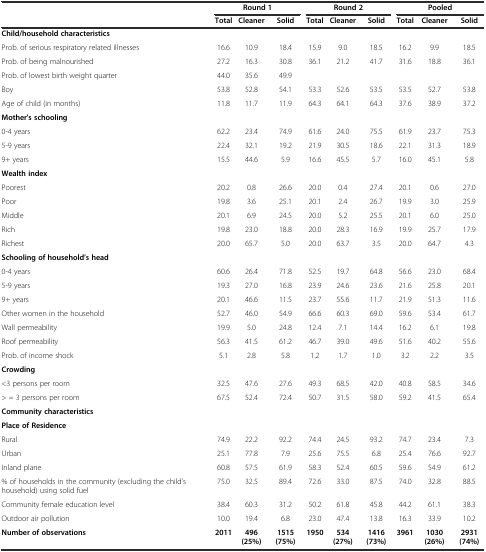
<table><thead><tr><td></td><td colspan="3"><b>Round 1</b></td><td colspan="3"><b>Round 2</b></td><td colspan="3"><b>Pooled</b></td></tr><tr><td></td><td><b>Total</b></td><td><b>Cleaner</b></td><td><b>Solid</b></td><td><b>Total</b></td><td><b>Cleaner</b></td><td><b>Solid</b></td><td><b>Total</b></td><td><b>Cleaner</b></td><td><b>Solid</b></td></tr></thead><tbody><tr><td><b>Child/household characteristics</b></td><td></td><td></td><td></td><td></td><td></td><td></td><td></td><td></td><td></td></tr><tr><td>Prob. of serious respiratory related illnesses</td><td>16.6</td><td>10.9</td><td>18.4</td><td>15.9</td><td>9.0</td><td>18.5</td><td>16.2</td><td>9.9</td><td>18.5</td></tr><tr><td>Prob. of being malnourished</td><td>27.2</td><td>16.3</td><td>30.8</td><td>36.1</td><td>21.2</td><td>41.7</td><td>31.6</td><td>18.8</td><td>36.1</td></tr><tr><td>Prob. of lowest birth weight quarter</td><td>44.0</td><td>35.6</td><td>49.9</td><td></td><td></td><td></td><td></td><td></td><td></td></tr><tr><td>Boy</td><td>53.8</td><td>52.8</td><td>54.1</td><td>53.3</td><td>52.6</td><td>53.5</td><td>53.5</td><td>52.7</td><td>53.8</td></tr><tr><td>Age of child (in months)</td><td>11.8</td><td>11.7</td><td>11.9</td><td>64.3</td><td>64.1</td><td>64.3</td><td>37.6</td><td>38.9</td><td>37.2</td></tr><tr><td><b>Mother&#x27;s schooling</b></td><td></td><td></td><td></td><td></td><td></td><td></td><td></td><td></td><td></td></tr><tr><td>0-4 years</td><td>62.2</td><td>23.4</td><td>74.9</td><td>61.6</td><td>24.0</td><td>75.5</td><td>61.9</td><td>23.7</td><td>75.3</td></tr><tr><td>5-9 years</td><td>22.4</td><td>32.1</td><td>19.2</td><td>21.9</td><td>30.5</td><td>18.6</td><td>22.1</td><td>31.3</td><td>18.9</td></tr><tr><td>9+ years</td><td>15.5</td><td>44.6</td><td>5.9</td><td>16.6</td><td>45.5</td><td>5.7</td><td>16.0</td><td>45.1</td><td>5.8</td></tr><tr><td><b>Wealth index</b></td><td></td><td></td><td></td><td></td><td></td><td></td><td></td><td></td><td></td></tr><tr><td>Poorest</td><td>20.2</td><td>0.8</td><td>26.6</td><td>20.0</td><td>0.4</td><td>27.4</td><td>20.1</td><td>0.6</td><td>27.0</td></tr><tr><td>Poor</td><td>19.8</td><td>3.6</td><td>25.1</td><td>20.1</td><td>2.4</td><td>26.7</td><td>19.9</td><td>3.0</td><td>25.9</td></tr><tr><td>Middle</td><td>20.1</td><td>6.9</td><td>24.5</td><td>20.0</td><td>5.2</td><td>25.5</td><td>20.1</td><td>6.0</td><td>25.0</td></tr><tr><td>Rich</td><td>19.8</td><td>23.0</td><td>18.8</td><td>20.0</td><td>28.3</td><td>16.9</td><td>19.9</td><td>25.7</td><td>17.9</td></tr><tr><td>Richest</td><td>20.0</td><td>65.7</td><td>5.0</td><td>20.0</td><td>63.7</td><td>3.5</td><td>20.0</td><td>64.7</td><td>4.3</td></tr><tr><td><b>Schooling of household’s head</b></td><td></td><td></td><td></td><td></td><td></td><td></td><td></td><td></td><td></td></tr><tr><td>0-4 years</td><td>60.6</td><td>26.4</td><td>71.8</td><td>52.5</td><td>19.7</td><td>64.8</td><td>56.6</td><td>23.0</td><td>68.4</td></tr><tr><td>5-9 years</td><td>19.3</td><td>27.0</td><td>16.8</td><td>23.9</td><td>24.6</td><td>23.6</td><td>21.6</td><td>25.8</td><td>20.1</td></tr><tr><td>9+ years</td><td>20.1</td><td>46.6</td><td>11.5</td><td>23.7</td><td>55.6</td><td>11.7</td><td>21.9</td><td>51.3</td><td>11.6</td></tr><tr><td>Other women in the household</td><td>52.7</td><td>46.0</td><td>54.9</td><td>66.6</td><td>60.3</td><td>69.0</td><td>59.6</td><td>53.4</td><td>61.7</td></tr><tr><td>Wall permeability</td><td>19.9</td><td>5.0</td><td>24.8</td><td>12.4</td><td>7.1</td><td>14.4</td><td>16.2</td><td>6.1</td><td>19.8</td></tr><tr><td>Roof permeability</td><td>56.3</td><td>41.5</td><td>61.2</td><td>46.7</td><td>39.0</td><td>49.6</td><td>51.6</td><td>40.2</td><td>55.6</td></tr><tr><td>Prob. of income shock</td><td>5.1</td><td>2.8</td><td>5.8</td><td>1.2</td><td>1.7</td><td>1.0</td><td>3.2</td><td>2.2</td><td>3.5</td></tr><tr><td><b>Crowding</b></td><td></td><td></td><td></td><td></td><td></td><td></td><td></td><td></td><td></td></tr><tr><td>&lt;3 persons per room</td><td>32.5</td><td>47.6</td><td>27.6</td><td>49.3</td><td>68.5</td><td>42.0</td><td>40.8</td><td>58.5</td><td>34.6</td></tr><tr><td>&gt; = 3 persons per room</td><td>67.5</td><td>52.4</td><td>72.4</td><td>50.7</td><td>31.5</td><td>58.0</td><td>59.2</td><td>41.5</td><td>65.4</td></tr><tr><td colspan="10"><b>Community characteristics</b></td></tr><tr><td colspan="10"><b>Place of Residence</b></td></tr><tr><td>Rural</td><td>74.9</td><td>22.2</td><td>92.2</td><td>74.4</td><td>24.5</td><td>93.2</td><td>74.7</td><td>23.4</td><td>7.3</td></tr><tr><td>Urban</td><td>25.1</td><td>77.8</td><td>7.9</td><td>25.6</td><td>75.5</td><td>6.8</td><td>25.4</td><td>76.6</td><td>92.7</td></tr><tr><td>Inland plane</td><td>60.8</td><td>57.5</td><td>61.9</td><td>58.3</td><td>52.4</td><td>60.5</td><td>59.6</td><td>54.9</td><td>61.2</td></tr><tr><td>% of households in the community (excluding the child’s household) using solid fuel</td><td>75.0</td><td>32.5</td><td>89.4</td><td>72.6</td><td>33.0</td><td>87.5</td><td>74.0</td><td>32.8</td><td>88.5</td></tr><tr><td>Community female education level</td><td>38.4</td><td>60.3</td><td>31.2</td><td>50.2</td><td>61.8</td><td>45.8</td><td>44.2</td><td>61.1</td><td>38.3</td></tr><tr><td>Outdoor air pollution</td><td>10.0</td><td>19.4</td><td>6.8</td><td>23.0</td><td>47.4</td><td>13.8</td><td>16.3</td><td>33.9</td><td>10.2</td></tr><tr><td><b>Number of observations</b></td><td><b>2011</b></td><td><b>496 (25%)</b></td><td><b>1515 (75%)</b></td><td><b>1950</b></td><td><b>534 (27%)</b></td><td><b>1416 (73%)</b></td><td><b>3961</b></td><td><b>1030 (26%)</b></td><td><b>2931 (74%)</b></td></tr></tbody></table>